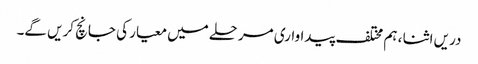
دریں اثنا ، ہم مختلف پیداواری مرحلے میں معیار کی جانچ کریں گے۔